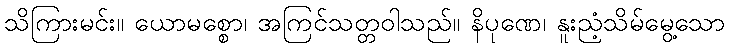
သိကြားမင်း။ ယောမစ္စော၊ အကြင်သတ္တဝါသည်။ နိပုဏေ၊ နူးညံ့သိမ်မွေ့သော